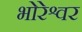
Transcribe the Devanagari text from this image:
भोरेश्वर